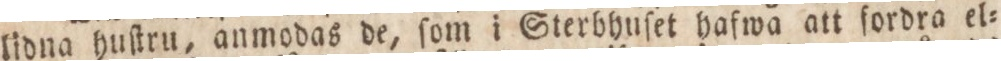
lidna huſtru, anmodas de, ſom i Sterbhuſet hafwa att fordra el=